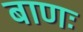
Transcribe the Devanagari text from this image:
बाणः